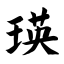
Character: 瑛